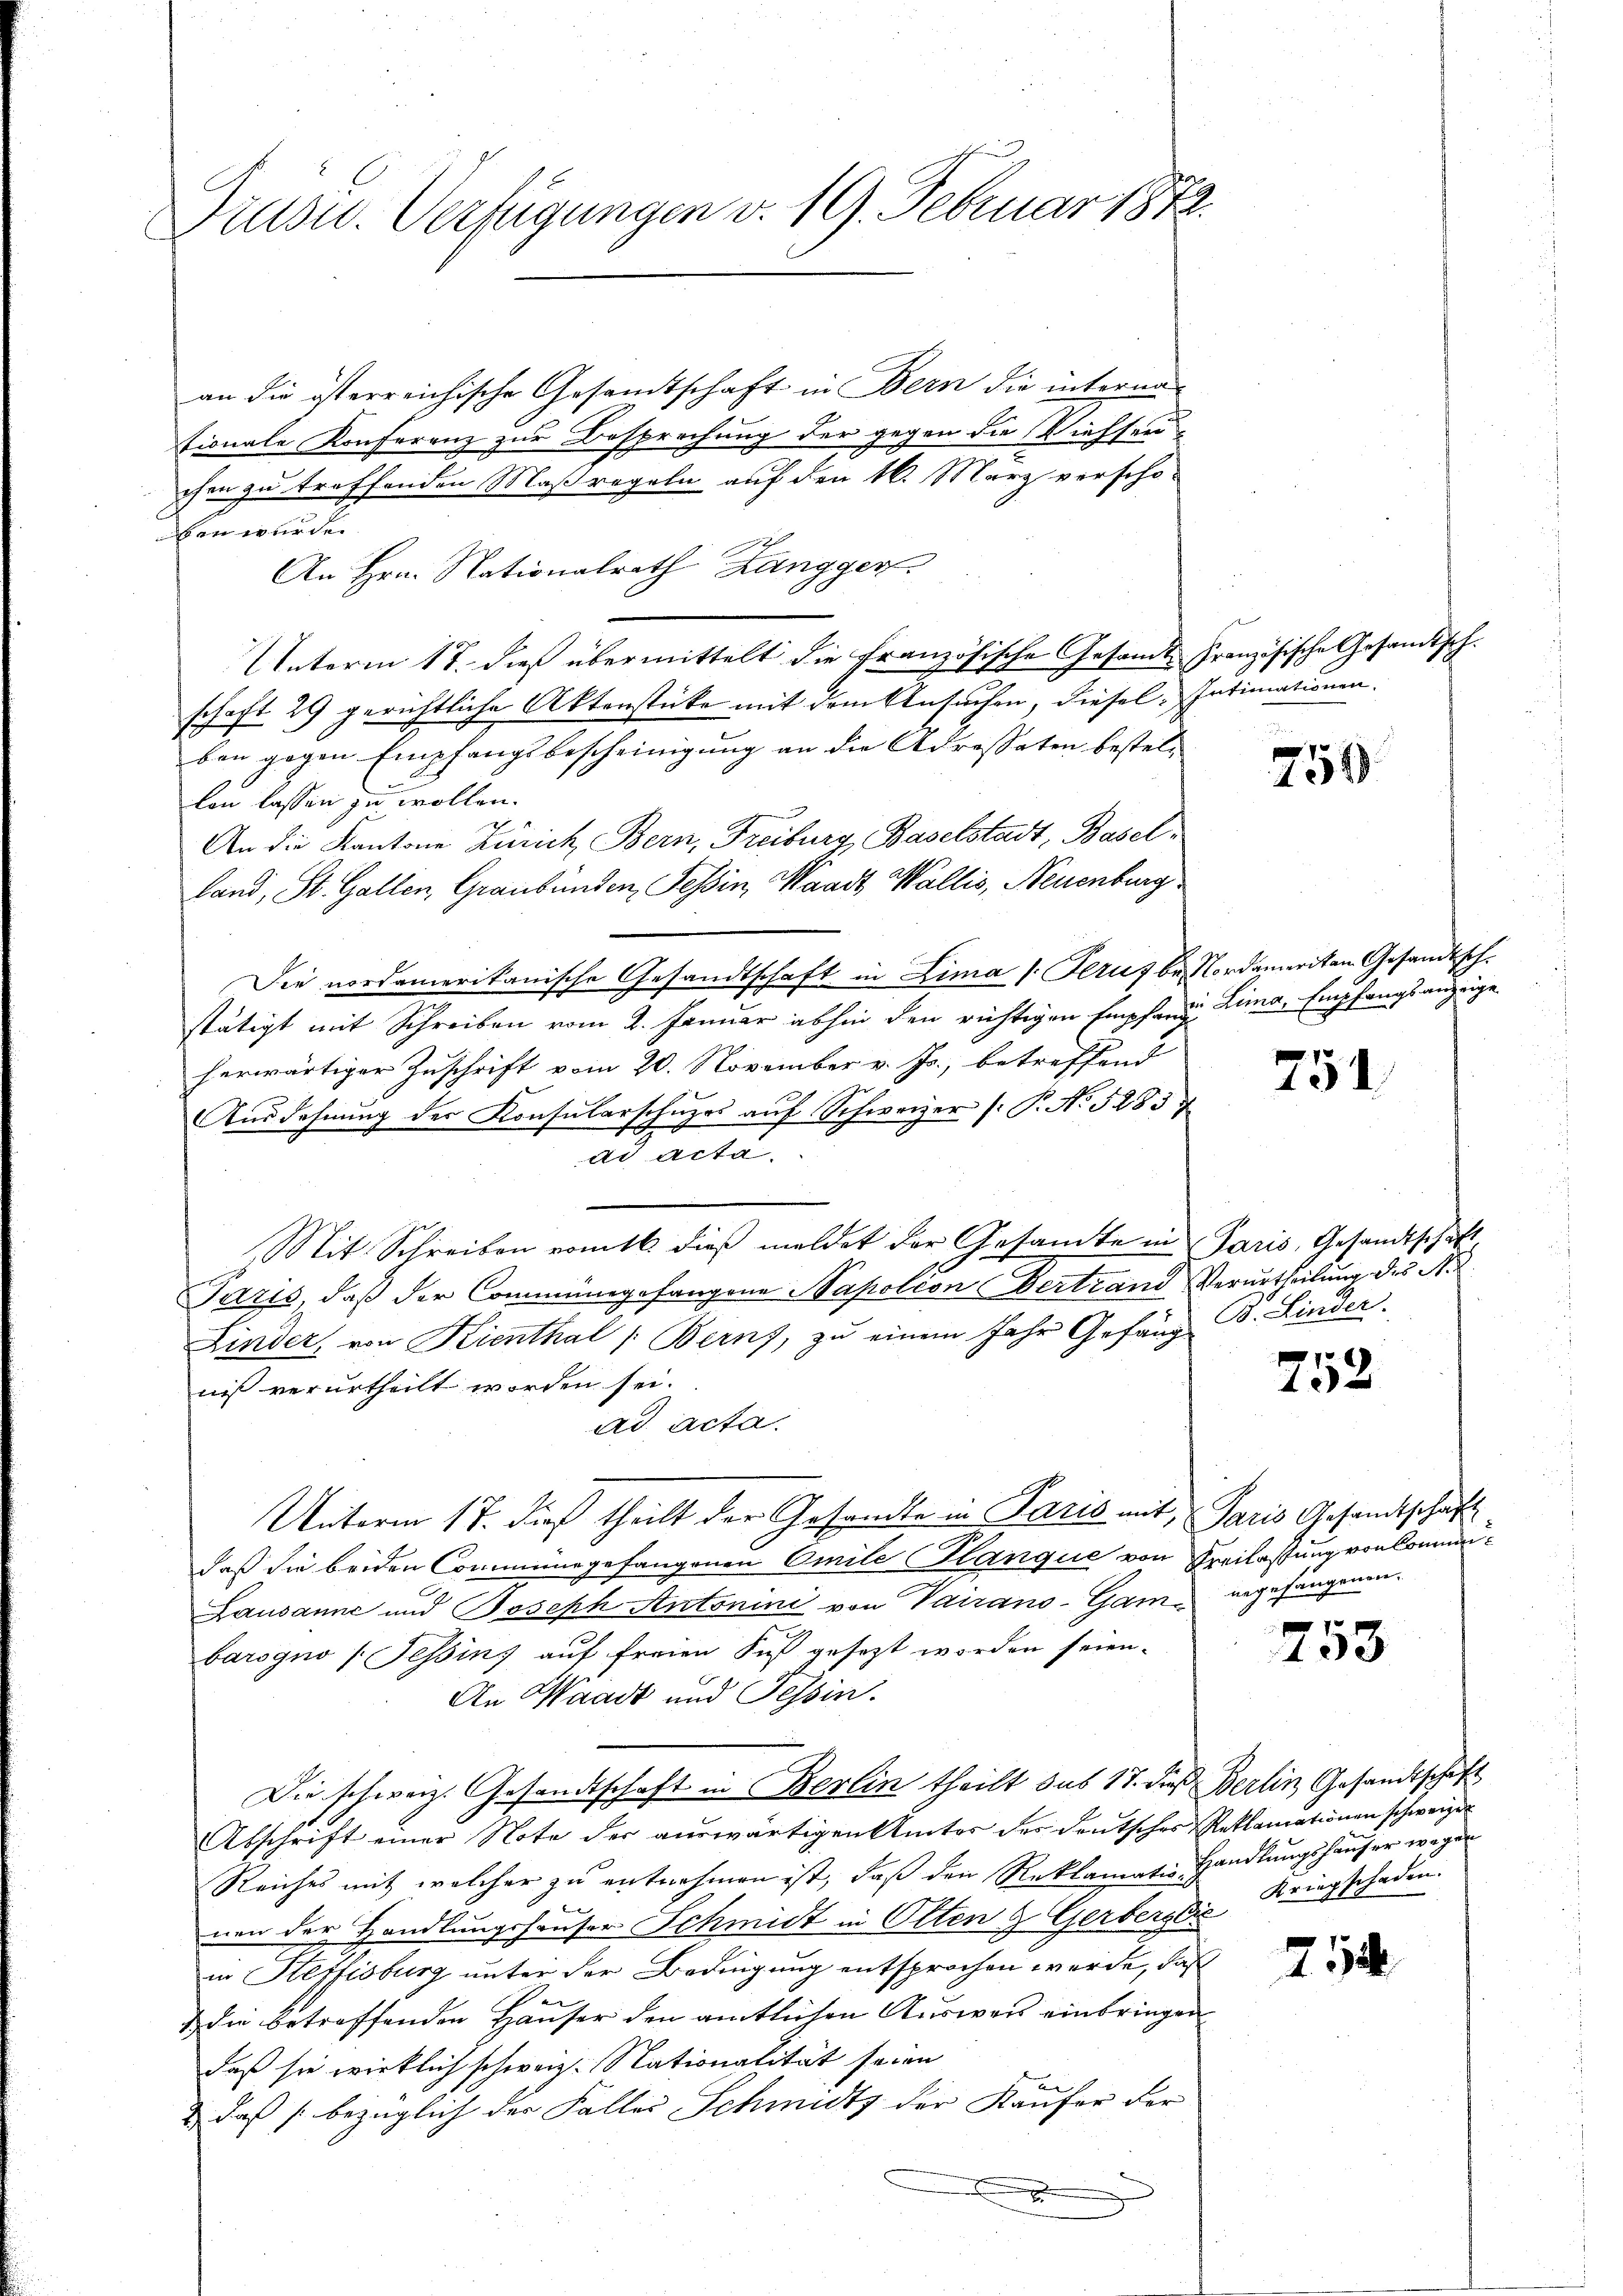
Druse. Verfügungen v. 19. Februar 1872.

an die österreichische Gesandtschaft in Bern die interna
tionale Konferenz zur Besprechung der gegen die Viehseu
chen zu treffenden Maßregeln auf den 16. März verscho-
ben wurde.
An Hrn. Nationalrath Zangger.
Unterm 17. dieß übermittelt die Französische Gesamt Französische Gesandtschschaft 29 gerichtliche Aktenstücke mit dem Ansuchen, diesel Intimationen.
ben gegen Empfangsbescheinigung an die Adressaten bestell
lon lassen zu wollen.
An die Kantone Zürich Bern, Freiburg, Baselstadt, Basel,
land, St. Gallen, Graubünden, Tessin, Waadt Wallis, Neuenburg
Die nordamerikanische Gesandtschaft in Lima (Ferus bei Nordameriten Gesandtsch.
stätigt mit Schreiben vom 2. Januar abhin den richtigen Empfand Lima, Empfangsanzeige
herwärtiger Zuschrift vom 20. November v. Js., betreffend
Ausdehnung der Konsularschuzes auf Schweizer (: P. No 5283 u
ad acta.
Mit Schreiben vom 16. dieß meldet der Gesamte in Paris, Gesandtschaft
Paris, daß der Commungefangene Napolion ertrand Verurtheilung des N.
Linser, von Kienthal /: Berns, zu einem Jahr Gefäng
niß verurtheilt worden sei.
ad acta.
Unterm 17. dieß theilt der Gesandte in Paris mit Paris Gesandtschaft
daß die beiden Commungefangenen Omile Glanque von Freilassung von Commi¬
Lausanne und Joseph Antonini von Vairano-Gam angefangenen.
barogno (Tessin, auf freien Fuß gesezt worden seien.
An Waadt und Tessin.
Die schweiz. Gesandtschaft in Berlin theilt das 17. dieß Berlin Gesandtschaft
Abschrift einer Note der auswärtigen Amtes des deutsches Reklamationen schweizer
Reiches mit welcher zu entnehmen ist, daß den Reklamatin Handlungshauser wegen
nen der Handlungshäuser Schmidt in Olten & Gerbergis Kriegschaden.
in Heffisburg unter der Bedingung entsprochen werde, daß
die betreffenden Häuser den amtlichen Ausweis einbringen
daß sie wirklich schweiz. Nationalität seien
 daß s. bezüglich der Faller Schmidtz der Käufer der
e

e
249

751

B. Linder.

752

4

714

82